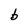
Character: b